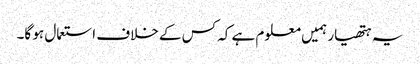
یہ ہتھیار ہمیں معلوم ہے کہ کس کے خلاف استعمال ہو گا۔